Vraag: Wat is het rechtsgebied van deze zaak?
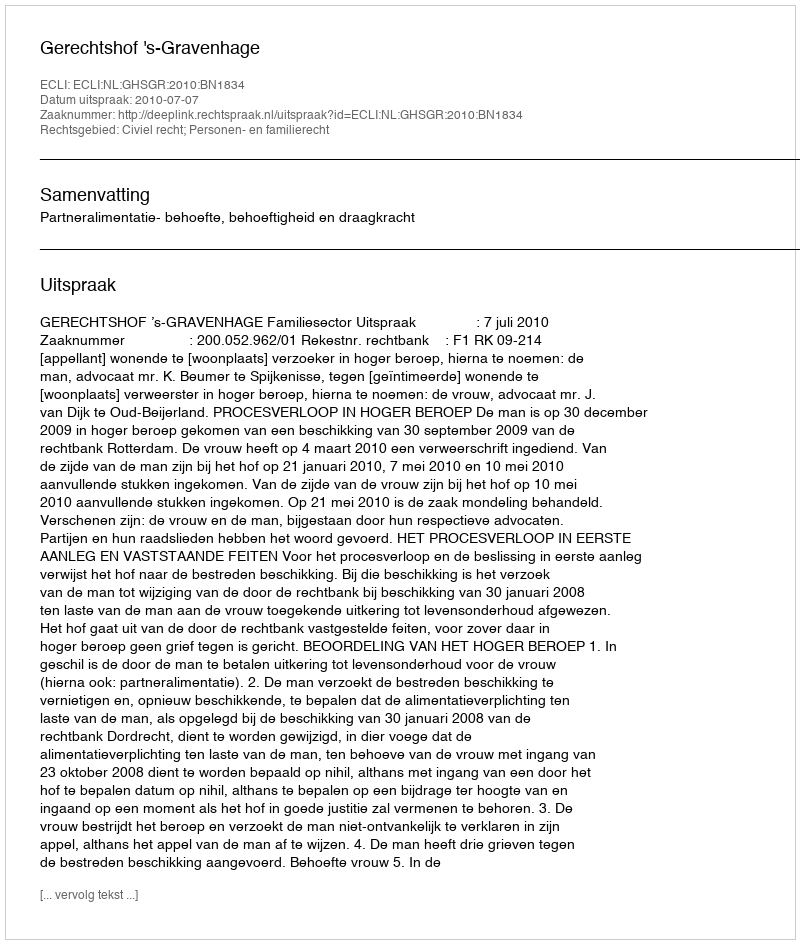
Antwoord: Civiel recht; Personen- en familierecht